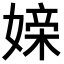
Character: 𪦖